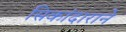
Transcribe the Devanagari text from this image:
सिकांदाराने